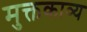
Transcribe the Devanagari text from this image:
मुक्तकाव्य